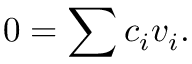
0 = \sum c _ { i } v _ { i } .